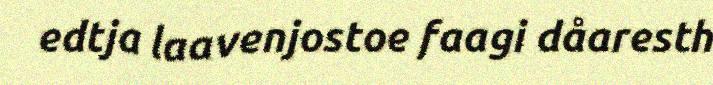
edtja laavenjostoe faagi dåaresth